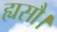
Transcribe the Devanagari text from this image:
ह्यसौ।